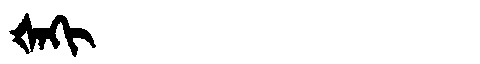
Manchu: ᡧᠠᡴᡳ
Romanization: ŠAKI